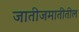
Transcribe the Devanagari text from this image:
जातीजमातीतील